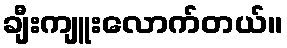
ချီးကျူးလောက်တယ်။